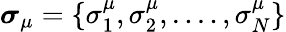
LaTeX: \boldsymbol\sigma_{\mu}=\{ \sigma_{1}^{\mu},\sigma_{2}^{\mu},....,\sigma_{N}^{\mu}\}